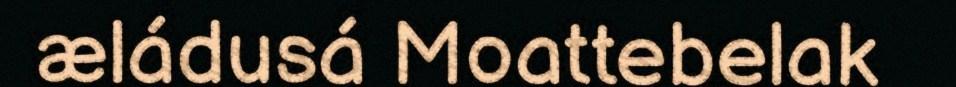
æládusá Moattebelak